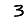
Digit: 3